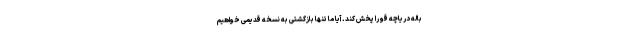
باله دریاچه قو را پخش کند. آیا ما تنها بازگشتی به نسخه قدیمی خواهیم